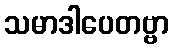
သမာဒါပေတဗ္ဗာ